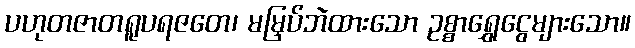
ပဟုတဇာတရူပရဇတေ၊ မမြှပ်ဘဲထားသော ဥစ္စာရွှေငွေများသော။